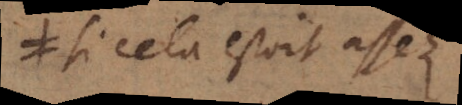
si cela estoit assez;